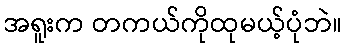
အရူးက တကယ်ကိုထုမယ့်ပုံဘဲ။